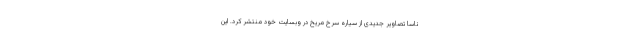
ناسا تصاویر جدیدی از سیاره سرخ مریخ در وبسایت خود منتشر کرد. این